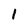
Character: 1